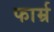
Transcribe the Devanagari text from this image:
फार्म्र